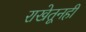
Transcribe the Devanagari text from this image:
राखेतूनही